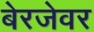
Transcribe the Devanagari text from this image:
बेरजेवर